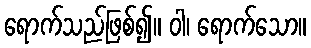
ရောက်သည်ဖြစ်၍။ ဝါ၊ ရောက်သော။